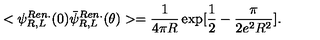
< \psi _ { R , L } ^ { R e n . } ( 0 ) \bar { \psi } _ { R , L } ^ { R e n . } ( \theta ) > = { \frac { 1 } { 4 \pi R } } \exp [ { \frac { 1 } { 2 } } - { \frac { \pi } { 2 e ^ { 2 } R ^ { 2 } } } ] .